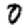
Digit: 0